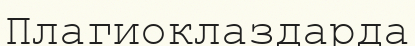
Плагиоклаздарда